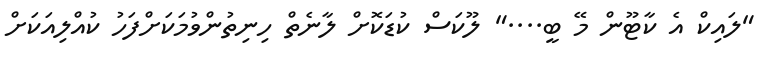
"ލައިކް އެ ކާޓޫން މޭ ބީ...." ލޫކަސް ކުޑަކޮށް ލާނެތް ހިނިތުންވުމަކަށްފަހު ކުއްލިއަކަށް